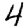
Digit: 4